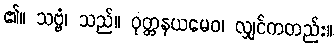
၏။ သဗ္ဗံ၊ သည်။ ဝုတ္တနယမေဝ၊ လျှင်ကတည်း။